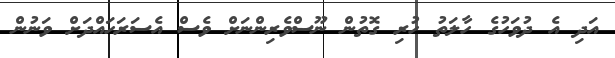
އަދި އެ ދުވަހުގެ ހާލަތު ހުރި ގޮތުން ނޫސްވެރިންނަށް ވެސް އެސަރަހައްދަށް ވަނުން